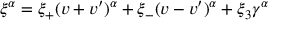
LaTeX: \xi ^ { \alpha } = \xi _ { + } ( v + v ^ { \prime } ) ^ { \alpha } + \xi _ { - } ( v - v ^ { \prime } ) ^ { \alpha } + \xi _ { 3 } \gamma ^ { \alpha }